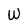
Character: w